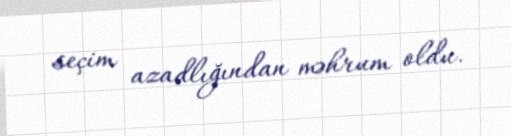
seçim azadlığından məhrum oldu.